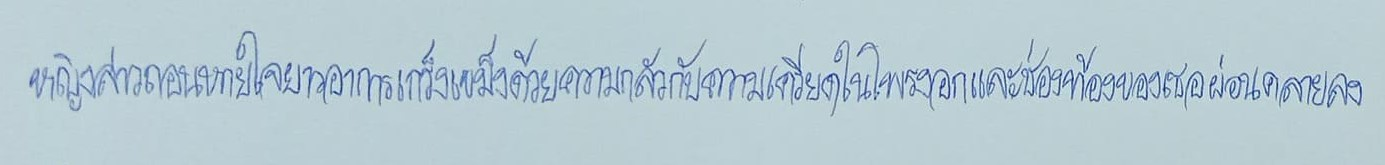
หญิงสาวถอนหายใจยาวอาการเกร็งเขม็งด้วยความกลัวกับความเครียดในโพรงอกและช่องท้องของเธอผ่อนคลายลง